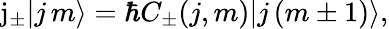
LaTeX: \mathrm{j}_{\pm}|j\, m\rangle=\hbar C_{\pm}(j,m)|j\, (m\pm 1)\rangle,